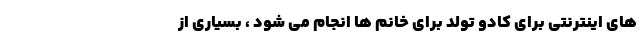
های اینترنتی برای کادو تولد برای خانم ها انجام می شود ، بسیاری از